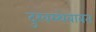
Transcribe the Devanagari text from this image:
दुरवस्थेबाबत